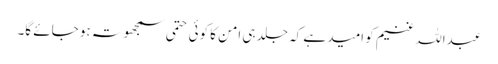
عبداللہ غنیم کو امید ہے کہ جلد ہی امن کا کوئی حتمی سمجھوتہ ہو جائے گا۔